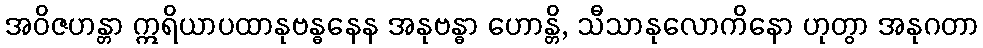
အဝိဇဟန္တာ ဣရိယာပထာနုဗန္ဓနေန အနုဗန္ဓာ ဟောန္တိ, သီသာနုလောကိနော ဟုတွာ အနုဂတာ